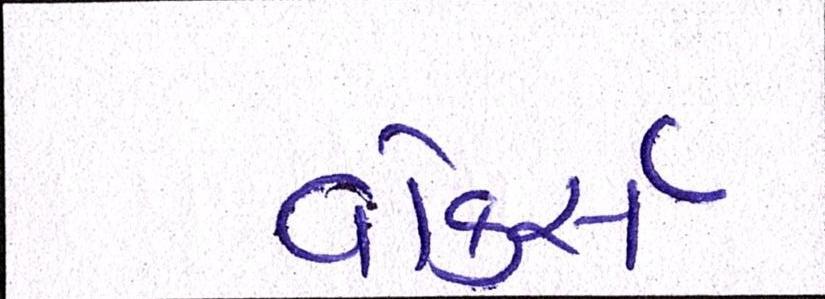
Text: વોકર્સ